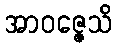
အာဝဇ္ဇေသိ